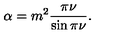
\alpha = m ^ { 2 } \frac { \pi \nu } { \sin \pi \nu } .